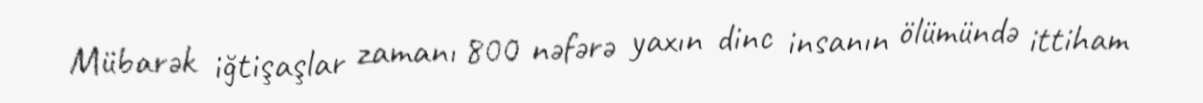
Mübarək iğtişaşlar zamanı 800 nəfərə yaxın dinc insanın ölümündə ittiham